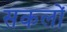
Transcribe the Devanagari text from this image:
सकलों